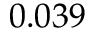
0 . 0 3 9